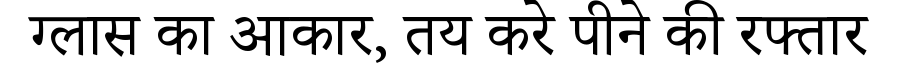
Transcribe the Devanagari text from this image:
ग्लास का आकार, तय करे पीने की रफ्तार